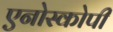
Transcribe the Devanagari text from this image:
एनोस्कोपी